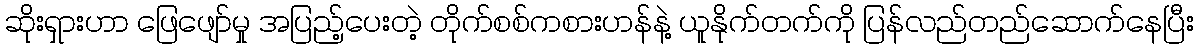
ဆိုးရှားဟာ ဖြေဖျော်မှု အပြည့်ပေးတဲ့ တိုက်စစ်ကစားဟန်နဲ့ ယူနိုက်တက်ကို ပြန်လည်တည်ဆောက်နေပြီး